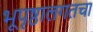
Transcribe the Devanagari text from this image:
भूपृष्ठालगतचा